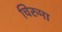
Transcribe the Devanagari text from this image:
चिरुमा